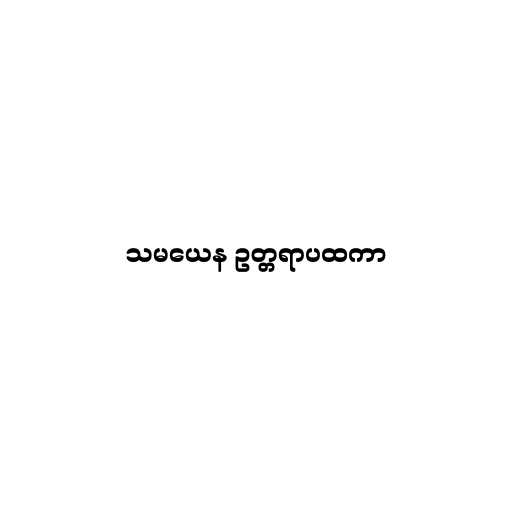
သမယေန ဥတ္တရာပထကာ